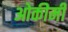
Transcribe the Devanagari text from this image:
ओकीमी